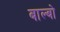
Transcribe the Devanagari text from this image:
बाल्बो